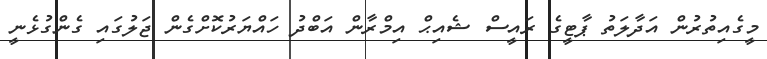
މީގެއިތުރުން އަދާލަތު ޕާޓީގެ ރައީސް ޝެއިޙް އިމްރާން އަބްދު ހައްޔަރުކޮށްގެން ޖަލުގައި ގެންގުޅެނީ